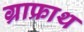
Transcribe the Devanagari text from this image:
ग्राफ्राथ